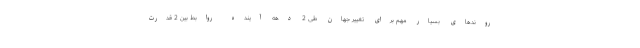
روندهای بسیار مهم برای تغییر جهان طی 2 دهه آینده روابط بین 2 قدرت